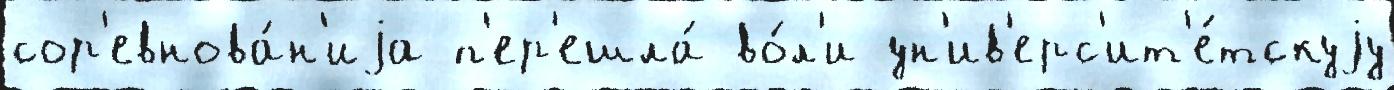
сор'евнова́н'иjа п'ер'ешла́ во́л'и ун'ив'ерс'ит'е́тскуjу